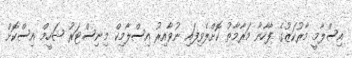
އިސްލާމީ މާރުކަޒުގެ ފާހާނާ މަރާމާތު ކޮށްލެވިފައި ނުވާއިރު އިސްލާމިކް މިނިސްޓަރު ޝަހީމް އިސްކޮށް